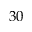
3 0